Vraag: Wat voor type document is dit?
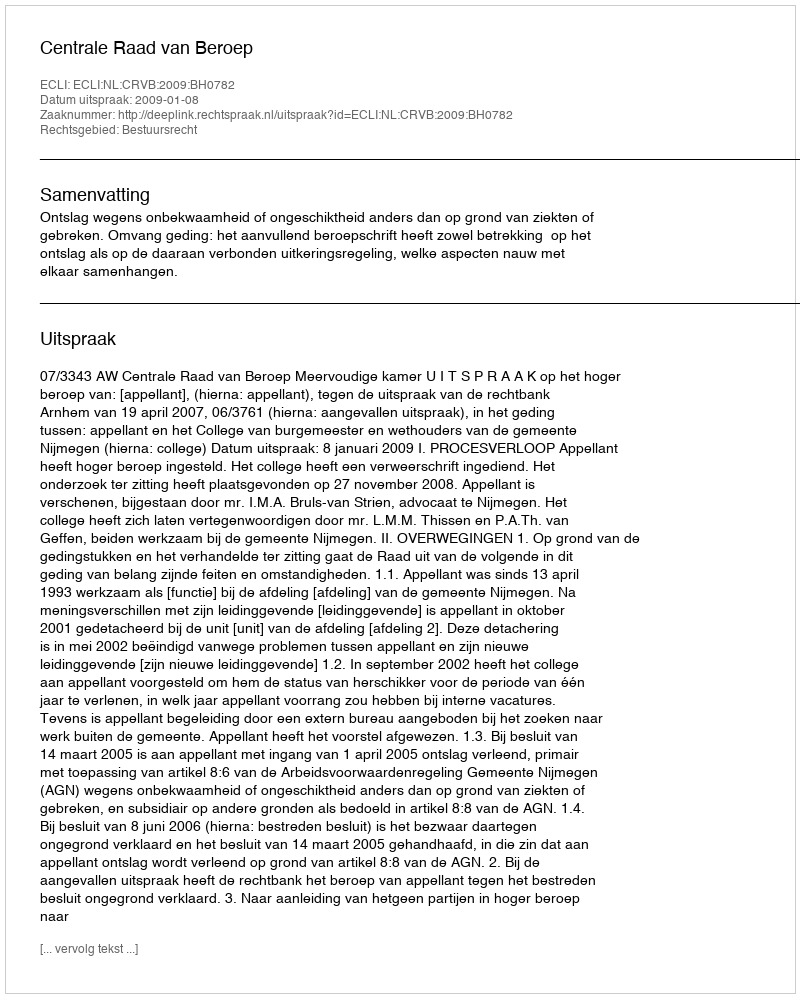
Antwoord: Uitspraak